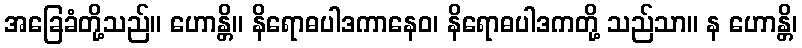
အခြေခံတို့သည်။ ဟောန္တိ။ နိရောဓပါဒကာနေဝ၊ နိရောဓပါဒကတို့ သည်သာ။ န ဟောန္တိ၊